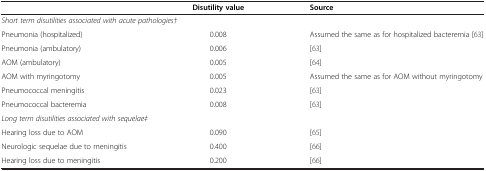
<table><thead><tr><td><b> </b></td><td><b>Disutility value</b></td><td><b>Source</b></td></tr></thead><tbody><tr><td colspan="3"><i>Short term disutilities associated with acute pathologies†</i></td></tr><tr><td>Pneumonia (hospitalized)</td><td>0.008</td><td>Assumed the same as for hospitalized bacteremia [63]</td></tr><tr><td>Pneumonia (ambulatory)</td><td>0.006</td><td>[63]</td></tr><tr><td>AOM (ambulatory)</td><td>0.005</td><td>[64]</td></tr><tr><td>AOM with myringotomy</td><td>0.005</td><td>Assumed the same as for AOM without myringotomy</td></tr><tr><td>Pneumococcal meningitis</td><td>0.023</td><td>[63]</td></tr><tr><td>Pneumococcal bacteremia</td><td>0.008</td><td>[63]</td></tr><tr><td colspan="3"><i>Long term disutilities associated with sequelae‡</i></td></tr><tr><td>Hearing loss due to AOM</td><td>0.090</td><td>[65]</td></tr><tr><td>Neurologic sequelae due to meningitis</td><td>0.400</td><td>[66]</td></tr><tr><td>Hearing loss due to meningitis</td><td>0.200</td><td>[66]</td></tr></tbody></table>